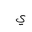
Letter: _ya